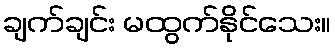
ချက်ချင်း မထွက်နိုင်သေး။